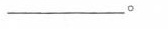
________.